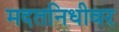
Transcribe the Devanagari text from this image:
मदतनिधीवर